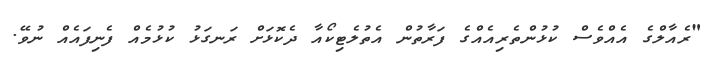
"ރެއާލްގެ އެއްވެސް ކުޅުންތެރިއެއްގެ ފަރާތުން އެތުލެޓިކޯއާ ދެކޮޅަށް ރަނގަޅު ކުޅުމެއް ފެނިފައެއް ނުވޭ.